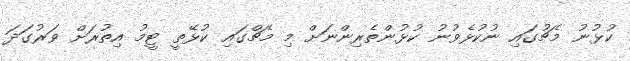
ކުޅުނު މެޗުގައި ނުކުޅެވުނު ކުޅުންތެރިންނަށް މި މެޗްގައި ކުޅޭތީ ޓީމު އިތުރަށް ވަރުގަދަ